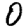
Digit: 0